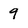
Character: 9